Civil Veterinary Dept. North-West Frontier Province 1933-46 - 1933-1946
Year: 1933
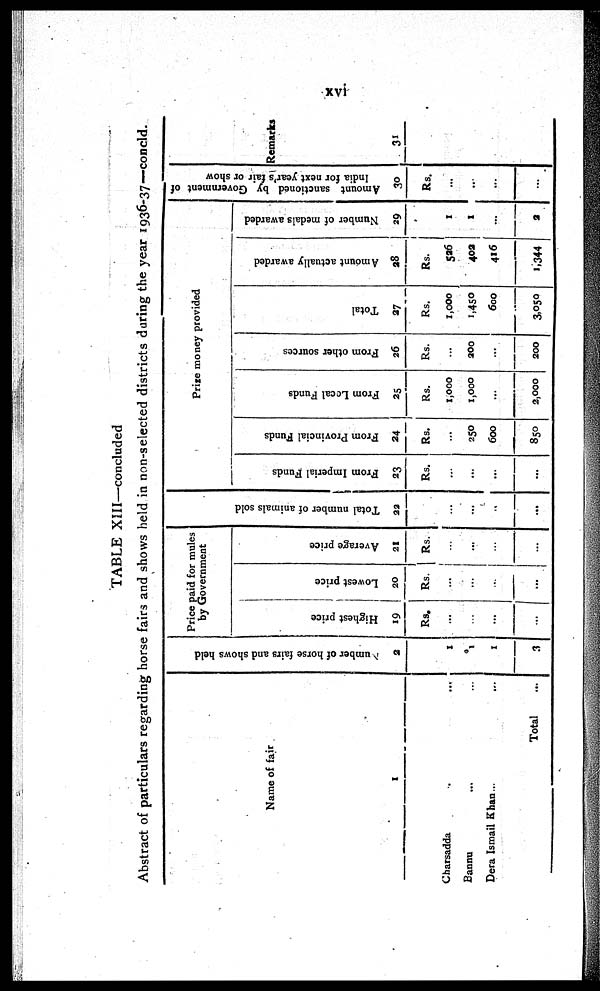
xvi
TABLE XIII—concluded
Abstract of particulars regarding horse fairs and shows held in non-selected districts during the year 1936-37—concld.
Name of fair
1
Charsadda ... ...
Bannu ... ...
Dera Ismail Khan... ...
Total ...
Number
of horse fairs and shows held
2
1
1
1
3
Price paid for mules
by Government
Highest price
19
Rs.
...
...
...
...
Lowest price
20
Rs.
...
...
...
...
Average price
21
Rs.
...
...
...
...
Total number of animals sold
22
...
...
..
...
Prize money provided
From Imperial Funds
23
Rs.
...
...
...
...
From Provincial Funds
24
Rs.
...
250
600
850
From Local Funds
25
Rs.
1,000
1,000
...
2,000
From other sources
26
Rs.
...
200
...
200
Total
27
Rs.
1,000
1,450
600
3,050
Amount actually awarded
28
Rs.
526
402
416
1,344
Number of medals awarded
29
1
1
...
2
Amount sanctioned by Government of
India for next year's fair or show
30
Rs.
...
...
...
...
Remarks
31